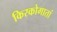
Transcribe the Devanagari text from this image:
किरकोगातां